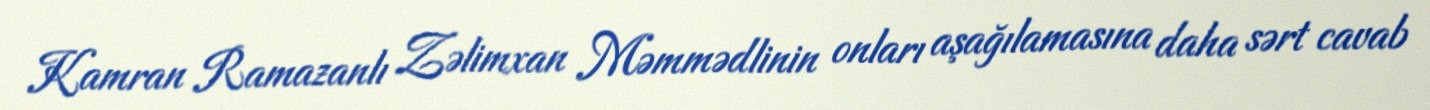
Kamran Ramazanlı Zəlimxan Məmmədlinin onları aşağılamasına daha sərt cavab